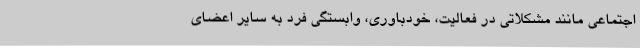
اجتماعی مانند مشکلاتی در فعالیت، خودباوری، وابستگی فرد به سایر اعضای